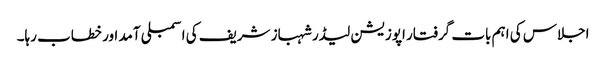
اجلاس کی اہم بات گرفتار اپوزیشن لیڈر شہباز شریف کی اسمبلی آمد اور خطاب رہا۔